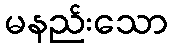
မနည်းသော